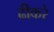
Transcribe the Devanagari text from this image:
ढीकरे